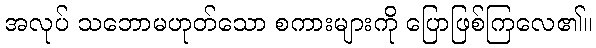
အလုပ် သဘောမဟုတ်သော စကားများကို ပြောဖြစ်ကြလေ၏။